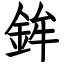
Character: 鉾